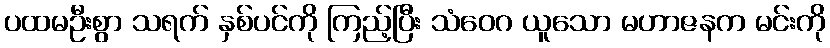
ပထမဦးစွာ သရက် နှစ်ပင်ကို ကြည့်ပြီး သံဝေဂ ယူသော မဟာဇနက မင်းကို